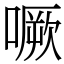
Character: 噘